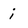
Character: i